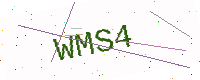
Text: WMS4